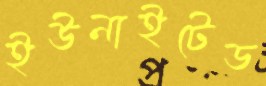
ইউনাইটেড